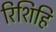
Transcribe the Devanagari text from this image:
रिशिहि